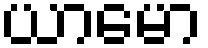
ယာမော